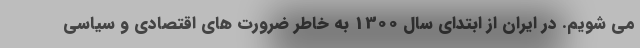
می شویم. در ایران از ابتدای سال 1300 به خاطر ضرورت های اقتصادی و سیاسی